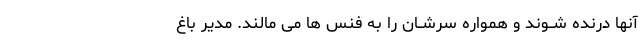
آنها درنده شــوند و همواره سرشــان را به فنس ها مى مالند. مدیر باغ